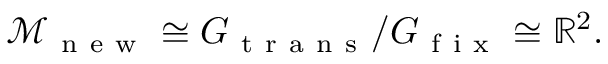
\begin{array} { r } { \mathcal { M } _ { \mathrm { ~ n ~ e ~ w ~ } } \cong G _ { \mathrm { ~ t ~ r ~ a ~ n ~ s ~ } } / G _ { \mathrm { ~ f ~ i ~ x ~ } } \cong \mathbb { R } ^ { 2 } . } \end{array}